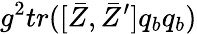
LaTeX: g^{2}tr([\bar{Z},\bar{Z}^{\prime}]q_{b}q_{b})